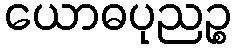
ယောဓပုညဉ္စ